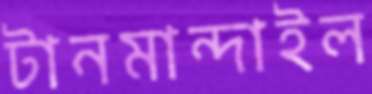
টানমান্দাইল